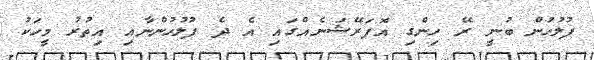
ފުލުހުން ބުނީ ރޭ ހިންގި އޮޕަރޭޝަނެއްގައި އެ ދެ ފުލުހުންނާއި އިތުރު މީހަކު